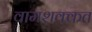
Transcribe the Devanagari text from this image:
वामशक्कत